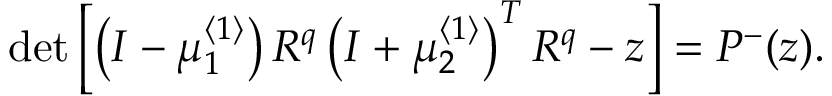
\operatorname * { d e t } \left[ \left( I - \mu _ { 1 } ^ { \left\langle 1 \right\rangle } \right) R ^ { q } \left( I + \mu _ { 2 } ^ { \left\langle 1 \right\rangle } \right) ^ { T } R ^ { q } - z \right] = P ^ { - } ( z ) .